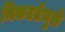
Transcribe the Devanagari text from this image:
निकटतेमुळे